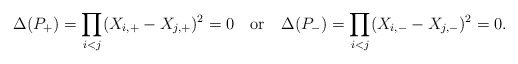
\begin{align*}\Delta(P_+) = \prod_{i<j} (X_{i,+} - X_{j,+})^2 = 0\quad {\rm or}\quad\Delta(P_-)=\prod_{i<j} (X_{i,-} - X_{j,-})^2 = 0.\end{align*}